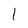
Character: 1